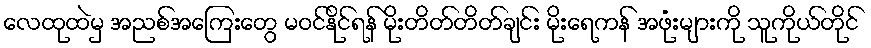
လေထုထဲမှ အညစ်အကြေးတွေ မဝင်နိုင်ရန် မိုးတိတ်တိတ်ချင်း မိုးရေကန် အဖုံးများကို သူကိုယ်တိုင်